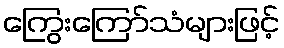
ကြွေးကြော်သံများဖြင့်